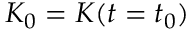
K _ { 0 } = K ( t = t _ { 0 } )